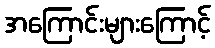
အကြောင်းများကြောင့်